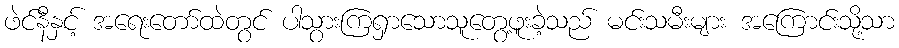
ဖဲင်နီနှင့် အရေးတော်ထဲတွင် ပါသွားကြရှာသောသူတွေ့ဖူးခဲ့သည် မင်းသမီးများ အကြောင်းသို့သာ